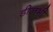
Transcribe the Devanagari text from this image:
डीलभी